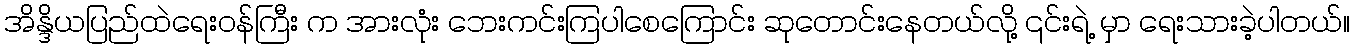
အိန္ဒိယပြည်ထဲရေးဝန်ကြီး က အားလုံး ဘေးကင်းကြပါစေကြောင်း ဆုတောင်းနေတယ်လို့ ၎င်းရဲ့ မှာ ရေးသားခဲ့ပါတယ်။